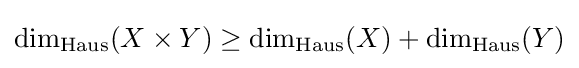
\dim _{\operatorname {Haus} }(X\times Y)\geq \dim _{\operatorname {Haus} }(X)+\dim _{\operatorname {Haus} }(Y)